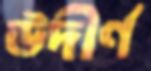
উদীর্ণ